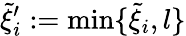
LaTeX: \tilde{\xi}_{i}^{\prime}:=\operatorname*{min}\{ \tilde{\xi}_{i},l\}